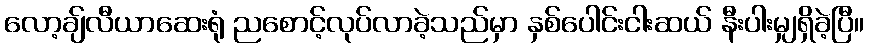
လော့ချ်လီယာဆေးရုံ ညစောင့်လုပ်လာခဲ့သည်မှာ နှစ်ပေါင်းငါးဆယ် နီးပါးမျှရှိခဲ့ပြီ။